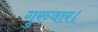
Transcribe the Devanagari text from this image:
गुरुवार।